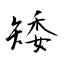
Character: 矮